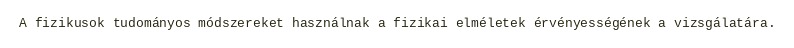
A fizikusok tudományos módszereket használnak a fizikai elméletek érvényességének a vizsgálatára.